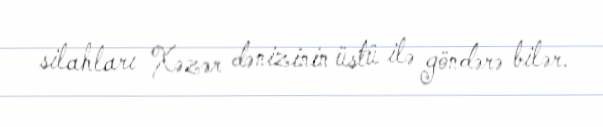
silahları Xəzər dənizinin üstü ilə göndərə bilər.